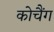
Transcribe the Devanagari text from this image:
कोचैंग